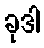
ခုဒါ